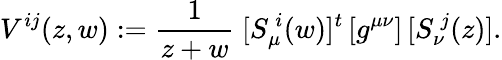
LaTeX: V^{ij}(z,w):={\frac{1}{z+w}}\ [S_{\mu}^{\ i}(w)]^{t}\, [g^{\mu\nu}]\, [S_{\nu}^{\ j}(z)].